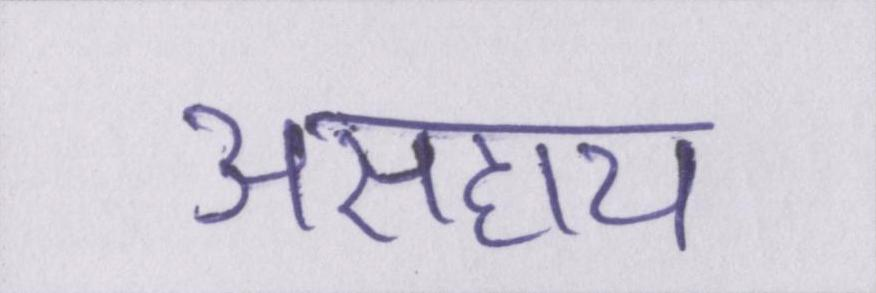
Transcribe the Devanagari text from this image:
असहाय